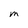
Character: m